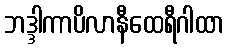
ဘဒ္ဒါကာပိလာနီထေရီဂါထာ